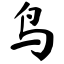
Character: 鸟